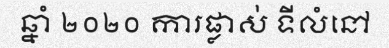
ឆ្នាំ ២០២០ ការផ្លាស់ ទីលំនៅ